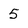
Character: 5